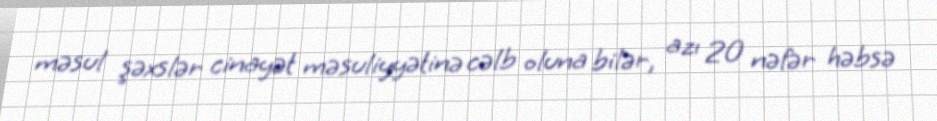
məsul şəxslər cinayət məsuliyyətinə cəlb oluna bilər, azı 20 nəfər həbsə